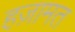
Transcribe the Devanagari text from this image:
हज़ामत